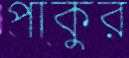
পাকুর